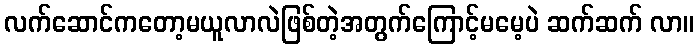
လက်ဆောင်ကတော့မယူလာလဲဖြစ်တဲ့အတွက်ကြောင့်မမေ့ပဲ ဆက်ဆက် လာ။